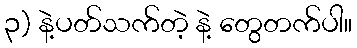
၃) နဲ့ပတ်သက်တဲ့ နဲ့ တွေတက်ပါ။